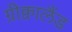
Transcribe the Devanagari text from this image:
ग्रीक्वालैंड